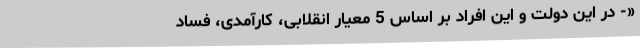
«- در این دولت و این افراد بر اساس 5 معیار انقلابی، کارآمدی، فساد